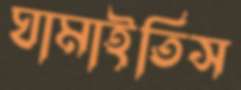
ঘামাইতিস